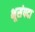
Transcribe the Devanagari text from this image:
भूसंपदा